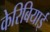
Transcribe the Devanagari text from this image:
केरिबियाई